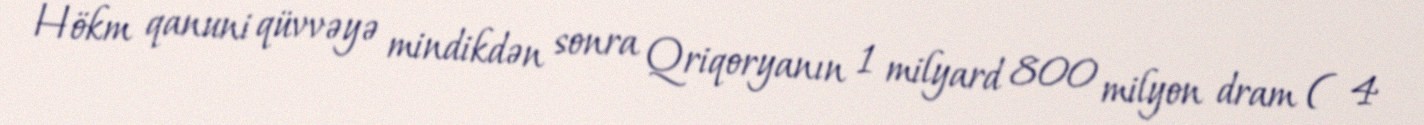
Hökm qanuni qüvvəyə mindikdən sonra Qriqoryanın 1 milyard 800 milyon dram ( 4